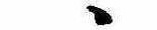
ゝ